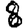
Digit: 8